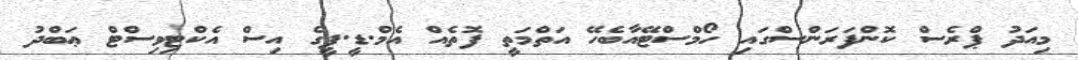
މިއަދު ޕްރެސް ކޮންފަރަންސްގައި ހޯމްސްޓޭއާބެހޭ އަތްމަތީ ފޮތެއް އެމް.ޑީ.ޕީގެ އިސް އެކްޓިވިސްޓް ޢަބްދު